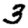
Digit: 3